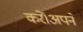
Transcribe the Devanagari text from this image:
करें।अपने